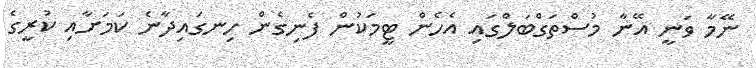
ނޭމާ ވަނީ އޭނާ މުސްތަގްބަލްގައި އެހެން ޓީމަކުން ފެނިގެން ހިނގައިދާނެ ކަމަށާއި ކުރީގެ